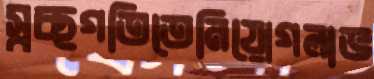
স্বচ্ছগতিতেনিয়োগলাভ